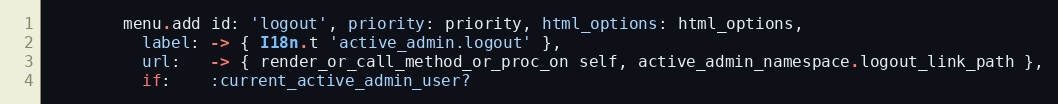
Language: Ruby
        menu.add id: 'logout', priority: priority, html_options: html_options,
          label: -> { I18n.t 'active_admin.logout' },
          url:   -> { render_or_call_method_or_proc_on self, active_admin_namespace.logout_link_path },
          if:    :current_active_admin_user?